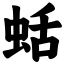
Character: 蛞